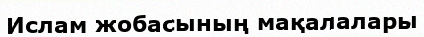
Ислам жобасының мақалалары